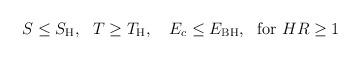
LaTeX: \begin{align*} S \le S_{\rm H},~~ T \ge T_{\rm H},~~~E_c \le E_{\rm BH}, ~~{\rm for}~ HR \ge 1\end{align*}